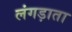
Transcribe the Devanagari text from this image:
लंगड़ाता